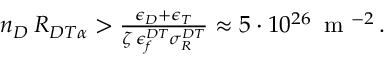
\begin{array} { r } { n _ { D } \, { \cal R } _ { D T \alpha } > \frac { \epsilon _ { D } + \epsilon _ { T } } { \zeta \, \epsilon _ { f } ^ { D T } \sigma _ { R } ^ { D T } } \approx 5 \cdot 1 0 ^ { 2 6 } \, \mathrm { ~ m ~ } ^ { - 2 } \, . } \end{array}